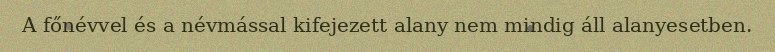
A főnévvel és a névmással kifejezett alany nem mindig áll alanyesetben.